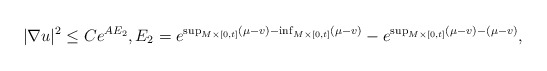
\begin{align*}|\nabla u |^2 \leq C e^{A E_2} ,E_2 = e^{\sup_{M\times [0,t] }(\mu - v) - \inf_{M \times [0,t] } (\mu - v)} - e^{ \sup_{M\times [0,t]} (\mu - v) - (\mu - v)},\end{align*}